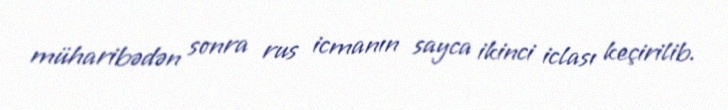
müharibədən sonra rus icmanın sayca ikinci iclası keçirilib.